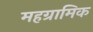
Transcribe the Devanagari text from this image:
महग्रामिक